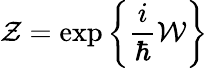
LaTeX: {\cal Z}=\exp\bigg\{ \frac{i}{\hbar}{\cal W}\bigg\}